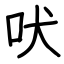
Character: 吠